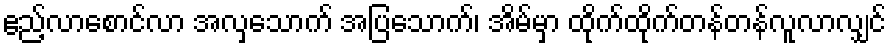
ဧည့်လာစောင်လာ အလှသောက် အပြသောက်၊ အိမ်မှာ ထိုက်ထိုက်တန်တန်လူလာလျှင်